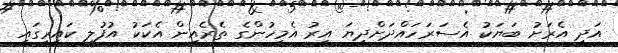
އަދި އެރަށު ބަޔަކު އެސަރަހައްދަށްދިޔަ އިރު އެމީހުންގެ ތެރެއިން އެކަކު އުފުލި ކައިރީގައި